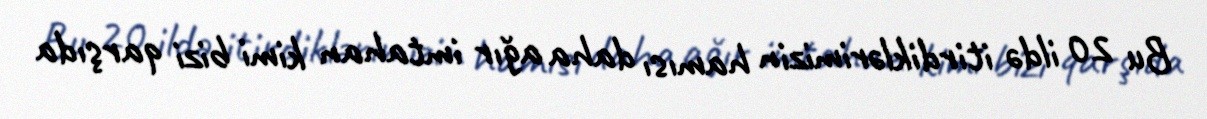
Bu 20 ildə itirdiklərimizin hamısı daha ağır imtahan kimi bizi qarşıda